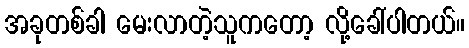
အခုတစ်ခါ မေးလာတဲ့သူကတော့ လို့ခေါ်ပါတယ်။